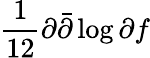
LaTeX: \frac{1}{12}\partial\bar{\partial}\log\partial f